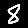
Digit: 8